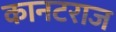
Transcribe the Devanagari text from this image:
कानटराज